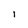
Character: l